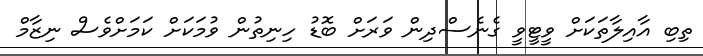
ތިބި އާއިލާތަކަށް ވީޓީވީ ގެނެސްދިން ވަރަށް ބޮޑު ހިނިތުން ވުމަކަށް ކަމަށްވެސް ނިޒާމް